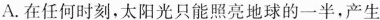
A.在任何时刻，太阳光只能照亮地球的一半，产生